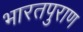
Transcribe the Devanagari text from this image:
भारतपुराण